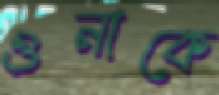
ওনাকে